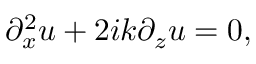
\partial _ { x } ^ { 2 } u + 2 i k \partial _ { z } u = 0 ,